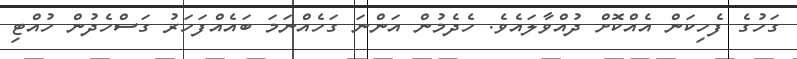
ގަހުގެ ފެހިކަން އެއްކޮށް ދުއްވާލައެވެ. ހެދެމުން އަންނަ ގަހެއްނަމަ ބައެއްފަހަރު ގަސްހެދުން ހުއްޓި